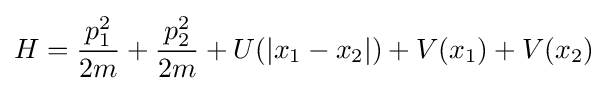
H={\frac {p_{1}^{2}}{2m}}+{\frac {p_{2}^{2}}{2m}}+U(|x_{1}-x_{2}|)+V(x_{1})+V(x_{2})